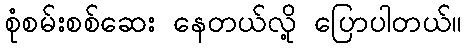
စုံစမ်းစစ်ဆေး နေတယ်လို့ ပြောပါတယ်။